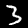
Label: 3